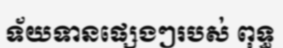
ទ័យទានផ្សេងៗរបស់ ពុទ្ធ